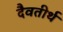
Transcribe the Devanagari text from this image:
दैवतीर्थ